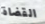
القضاة